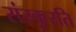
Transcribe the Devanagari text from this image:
संस्कृरति